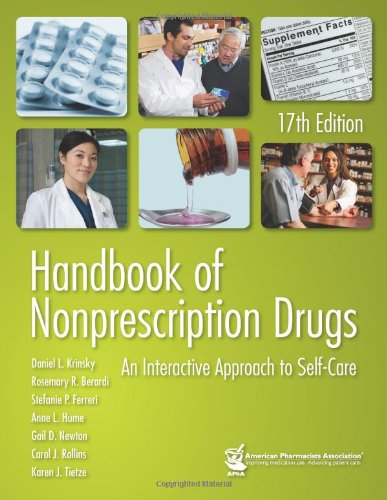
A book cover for Handbook of Nonprescription Drugs: An Interactive Approach to Self-Care; Daniel L. Krinsky; Medical Books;